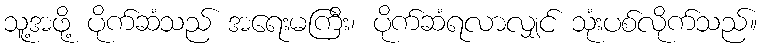
သူ့အဖို့ ပိုက်ဆံသည် အရေးမကြီး၊ ပိုက်ဆံရလာလျှင် သုံးပစ်လိုက်သည်။